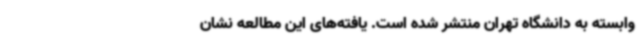
وابسته به دانشگاه تهران منتشر شده است. یافته‌های این مطالعه نشان